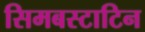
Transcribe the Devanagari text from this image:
सिमबस्टाटिन